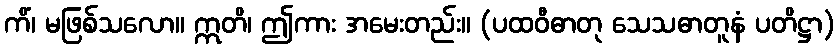
ကိံ၊ မဖြစ်သလော။ ဣတိ၊ ဤကား အမေးတည်း။ (ပထဝီဓာတု သေသဓာတူနံ ပတိဋ္ဌာ)